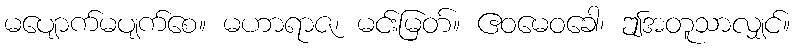
မပျောက်မပျက်စေ။ မဟာရာဇ၊ မင်းမြတ်။ ဧဝမေဝခေါ၊ ဤအတူသာလျှင်။